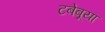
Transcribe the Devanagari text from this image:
टबेबूया